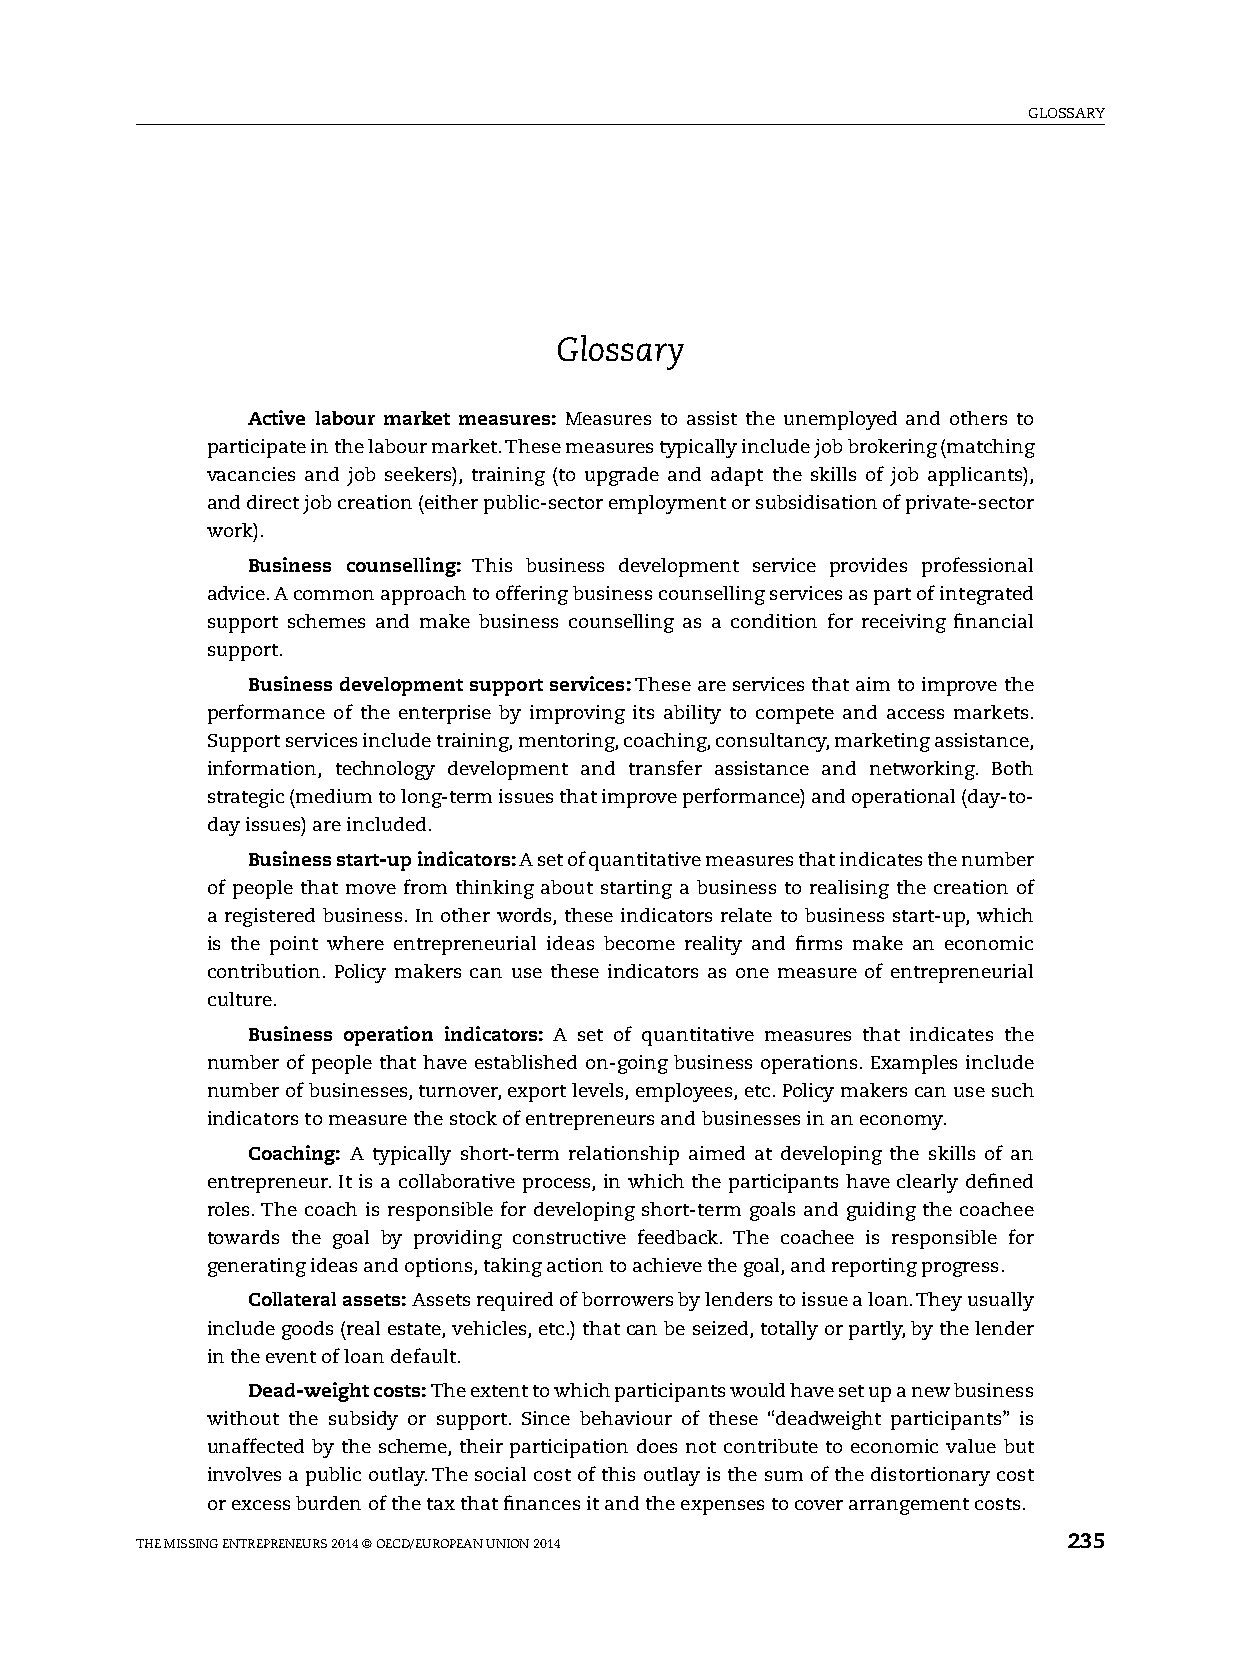
glOssAry
 Glossary
 Active labour market measures: Measures to assist the unemployed and others to
 participate in the labour market. These measures typically include job brokering (matching
 vacancies and job seekers), training (to upgrade and adapt the skills of job applicants),
 and direct job creation (either public-sector employment or subsidisation of private-sector
 work).
 Business counselling: This business development service provides professional
 advice. A common approach to offering business counselling services as part of integrated
 support schemes and make business counselling as a condition for receiving financial
 support.
 Business development support services: These are services that aim to improve the
 performance of the enterprise by improving its ability to compete and access markets.
 support services include training, mentoring, coaching, consultancy, marketing assistance,
 information, technology development and transfer assistance and networking. Both
 strategic (medium to long-term issues that improve performance) and operational (day-to-
 day issues) are included.
 Business start-up indicators: A set of quantitative measures that indicates the number
 of people that move from thinking about starting a business to realising the creation of
 a registered business. in other words, these indicators relate to business start-up, which
 is the point where entrepreneurial ideas become reality and firms make an economic
 contribution. policy makers can use these indicators as one measure of entrepreneurial
 culture.
 Business operation indicators: A set of quantitative measures that indicates the
 number of people that have established on-going business operations. examples include
 number of businesses, turnover, export levels, employees, etc. policy makers can use such
 indicators to measure the stock of entrepreneurs and businesses in an economy.
 Coaching: A typically short-term relationship aimed at developing the skills of an
 entrepreneur. it is a collaborative process, in which the participants have clearly defined
 roles. The coach is responsible for developing short-term goals and guiding the coachee
 towards the goal by providing constructive feedback. The coachee is responsible for
 generating ideas and options, taking action to achieve the goal, and reporting progress.
 Collateral assets: Assets required of borrowers by lenders to issue a loan. They usually
 include goods (real estate, vehicles, etc.) that can be seized, totally or partly, by the lender
 in the event of loan default.
 Dead-weight costs: The extent to which participants would have set up a new business
 without the subsidy or support. since behaviour of these “deadweight participants” is
 unaffected by the scheme, their participation does not contribute to economic value but
 involves a public outlay. The social cost of this outlay is the sum of the distortionary cost
 or excess burden of the tax that finances it and the expenses to cover arrangement costs.
 The Missing enTrepreneurs 2014 © OeCD/eurOpeAn uniOn 2014     235